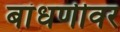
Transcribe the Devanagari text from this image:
बांधणीवर